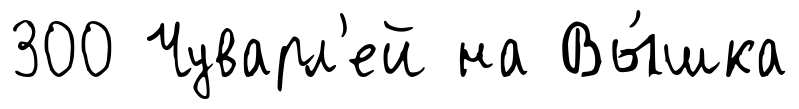
300 Чуварл'ей на Вы́шка